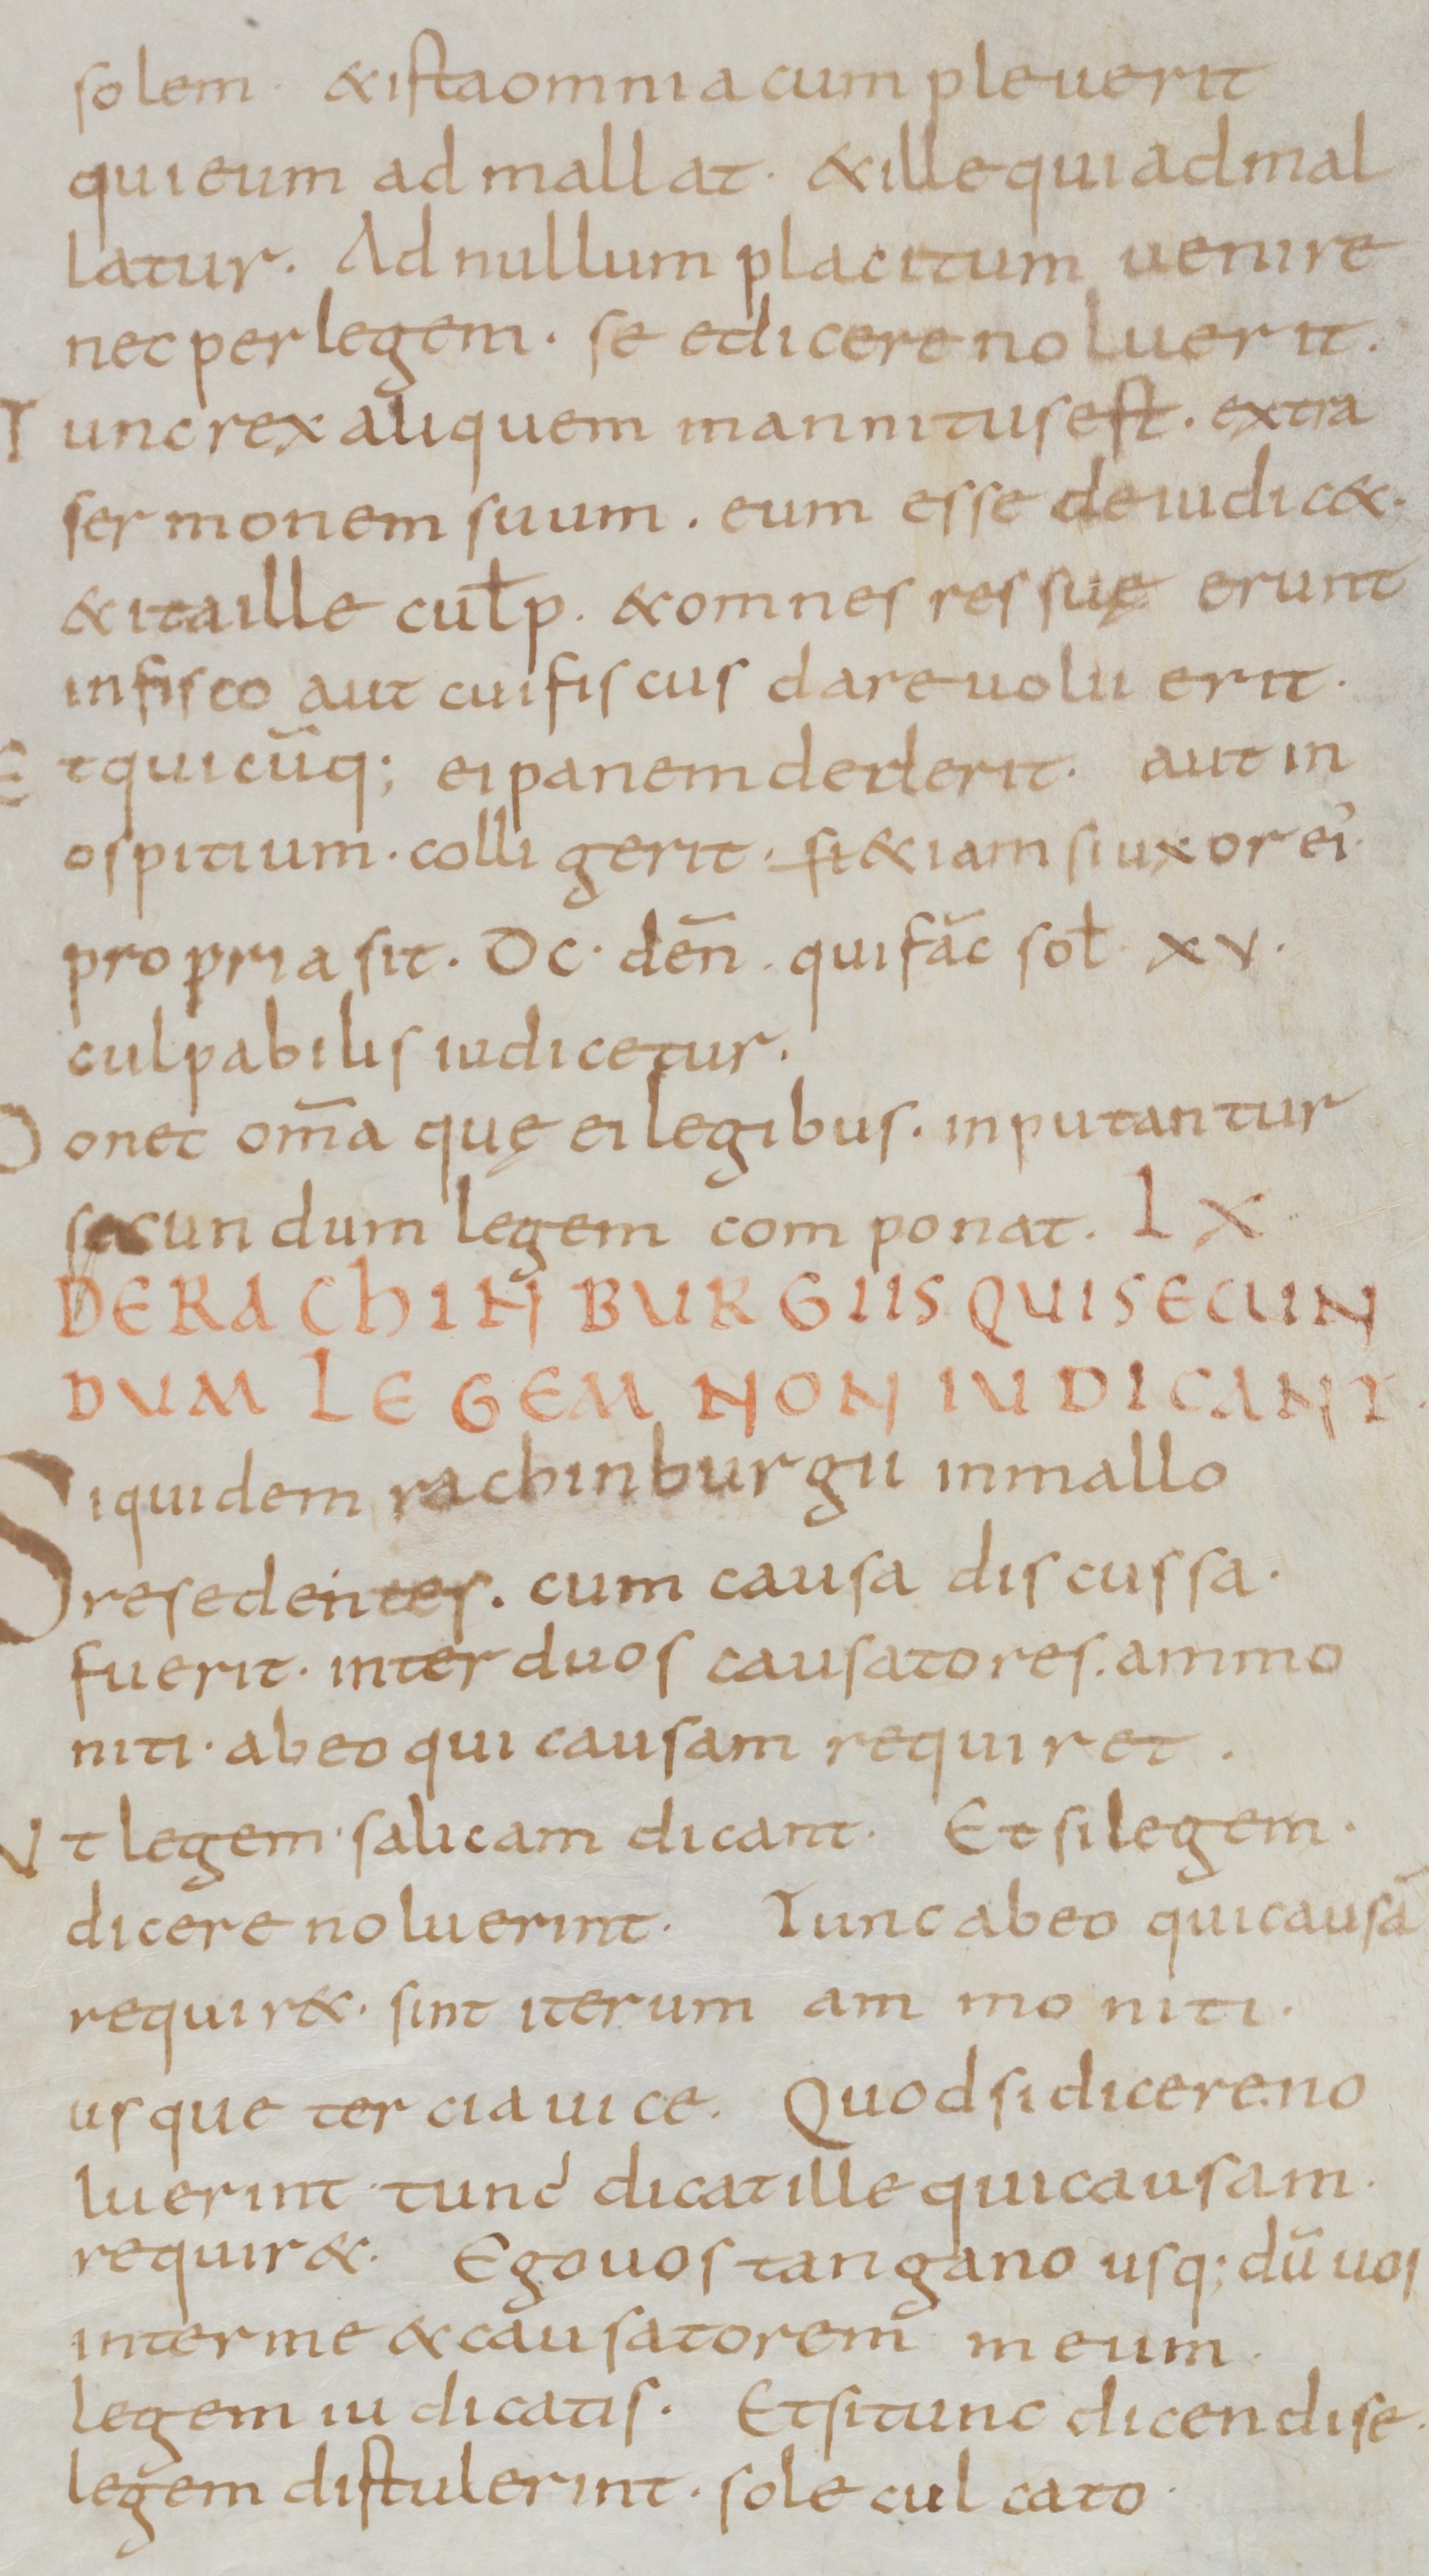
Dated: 800–899